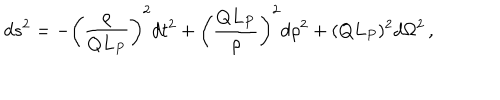
LaTeX: d s ^ { 2 } = - \left( { \frac { \rho } { Q L _ { P } } } \right) ^ { 2 } d t ^ { 2 } + \left( { \frac { Q L _ { P } } { \rho } } \right) ^ { 2 } d \rho ^ { 2 } + ( Q L _ { P } ) ^ { 2 } d \Omega ^ { 2 } \, ,